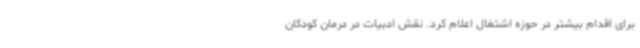
برای اقدام بیشتر در حوزه اشتغال اعلام کرد. نقش ادبیات در درمان کودکان